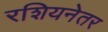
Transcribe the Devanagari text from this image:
रशियनेतर